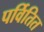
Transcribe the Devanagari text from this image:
पर्वितित